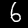
Label: 6